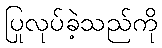
ပြုလုပ်ခဲ့သည်ကို